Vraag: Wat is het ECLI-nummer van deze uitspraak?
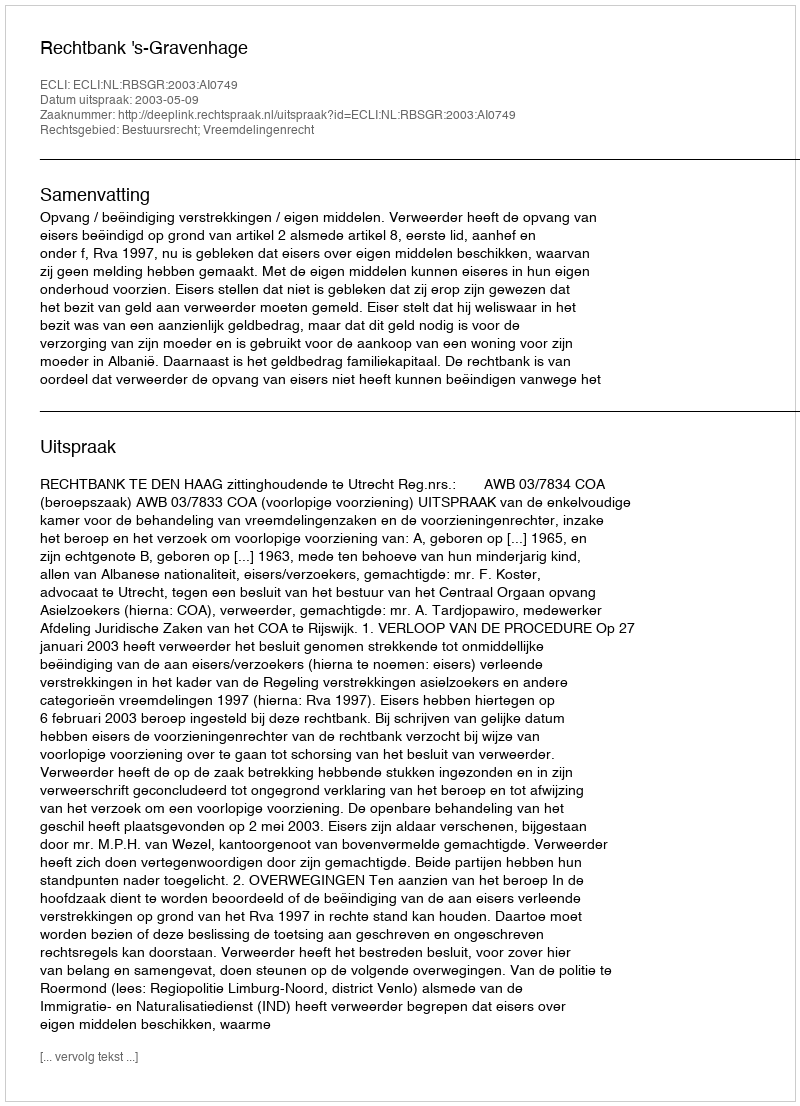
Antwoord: ECLI:NL:RBSGR:2003:AI0749